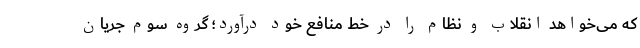
که می‌خواهد انقلاب و نظام را در خط منافع خود درآورد؛ گروه سوم جریان